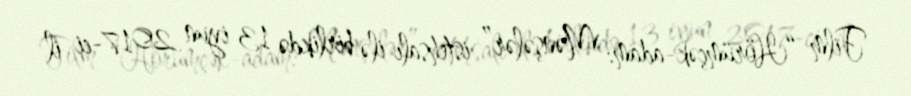
Film “Hörümçək-adam: Mənşələr” istehsalı ilə birlikdə 13 iyun 2017-ci il